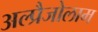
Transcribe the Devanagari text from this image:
अल्प्रैजोलाम